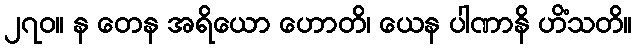
၂၇၀။ န တေန အရိယော ဟောတိ၊ ယေန ပါဏာနိ ဟိံသတိ။